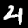
Digit: 4